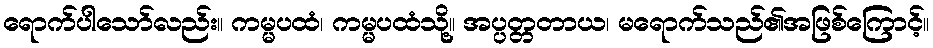
ရောက်ပါသော်လည်း။ ကမ္မပထံ၊ ကမ္မပထံသို့။ အပ္ပတ္တတာယ၊ မရောက်သည်၏အဖြစ်ကြောင့်။